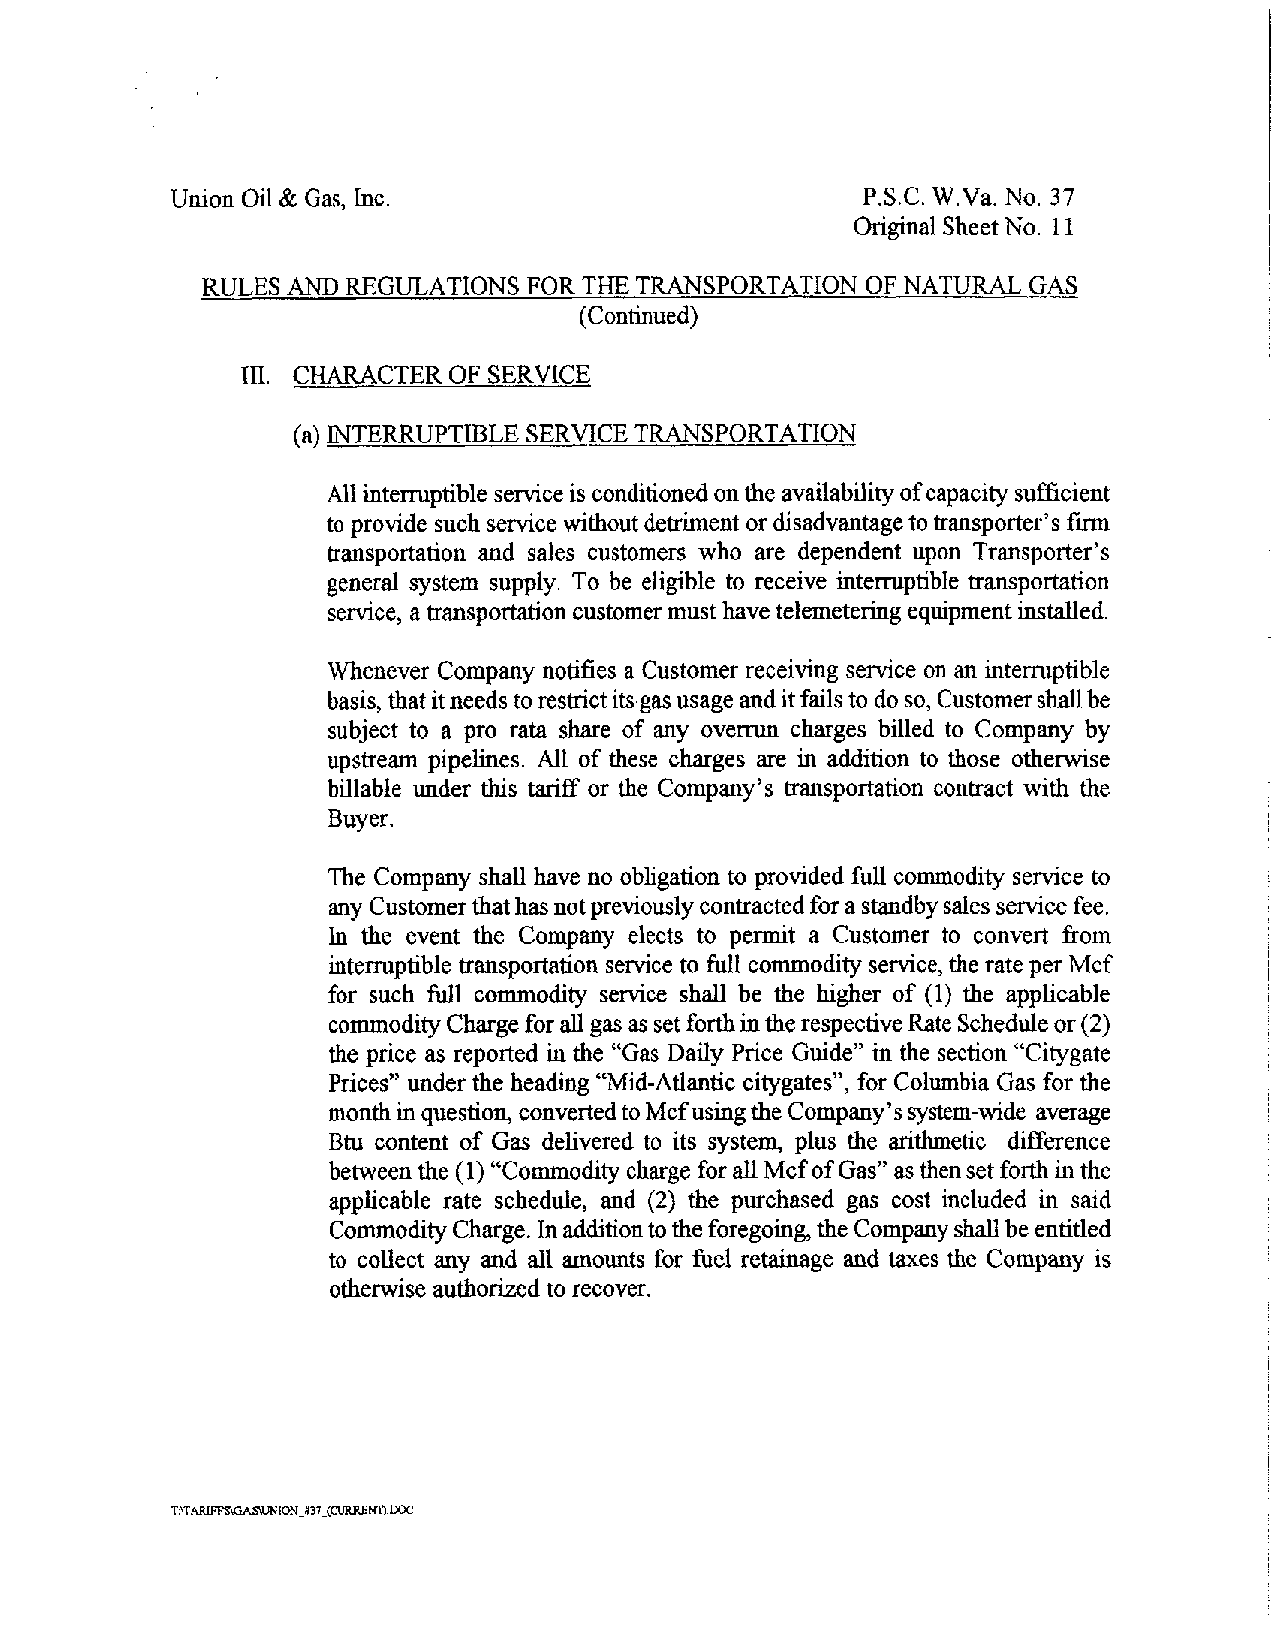
Union Oil& Gas, Inc.                          P.S.C.W.Va. No. 37
 OriginalSheet No. 11
 RULESANDREGULATIONSFOR   THETRANSPORTATION  OFNATURAL  GAS
 (Continued)
 in CHARACTEROFSERVICE
 .
 (a!INTERRUPTIBLESERVICETRANSPORTATION
 Allinterruptibleserviceisconditionedontheavailabilityofcapacitysufficient
 toprovide suchservicewithoutdetriment or disadvantagetotransporter sfirm
 transportation and sales customers who are dependent upon Transporter s
 general system supply. To be eligible to receive interruptible transportation
 service, atransportationcustomer musthavetelemeteringequipmentinstalled.
 Whenever Company notifies a Customer receivingservice onan interruptible
 basis,thatitneedstorestrictitsgasusageanditfailstodoso,Customershallbe
 subject to a pro rata share of any overrun charges billed to Company by
 upstream pipelines. All of these charges are in addition to those otherwise
 billable under this tariff or the Company’s transportation contract with the
 Buyer.
 The Company shall have no obligation to provided full commodity service to
 anyCustomerthathasnotpreviouslycontractedforastandbysalesservicefee.
 In the event the Company elects to permit a Customer to convert from
 interruptible transportationservice tofull commodityservice,therate per Mcf
 for such frill commodity service shall be the higher of (1) the applicable
 commodityChargeforallgasassetforthintherespectiveRateScheduleor(2)
 the price as reported in the Gas Daily Price Guide in the section“Citygate
 -
 Prices under the heading Mid Atlantic citygates , for Columbia Gas for the
 monthinquestion,convertedtoMcfusingtheCompany’ssystem-wide average
 Btu content of Gas delivered to its system, plus die arithmetic difference
 betweenthe (1) Commodity chargeforallMcfofGas asthensetforthinthe
 applicable rate schedule, and (2) the purchased gas cost included in said
 CommodityCharge.Inadditiontotheforegoing,theCompanyshallbeentitled
 to collect any and all amounts for fuel retainage and taxes the Company is
 otherwiseauthorizedto recover.
 _
 _
 T:\TAiUn 3ASJJNION»37(CURllEfrr).DOC